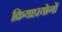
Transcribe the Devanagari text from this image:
क्रियाप्रयोगों